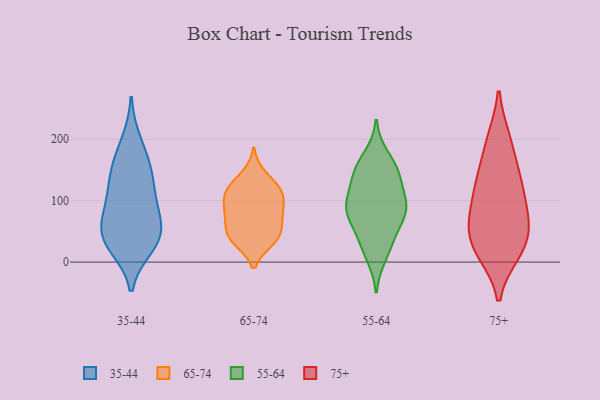
{"axis": {"x": "Churn Rate (%)", "y": "Value"}, "legend": ["35-44", "55-64", "65-74", "75+"], "data": [{"x": "", "y": 136, "type": "35-44"}, {"x": "", "y": 29, "type": "35-44"}, {"x": "", "y": 107, "type": "35-44"}, {"x": "", "y": 52, "type": "35-44"}, {"x": "", "y": 57, "type": "35-44"}, {"x": "", "y": 34, "type": "35-44"}, {"x": "", "y": 109, "type": "35-44"}, {"x": "", "y": 159, "type": "35-44"}, {"x": "", "y": 158, "type": "35-44"}, {"x": "", "y": 197, "type": "35-44"}, {"x": "", "y": 83, "type": "35-44"}, {"x": "", "y": 55, "type": "35-44"}, {"x": "", "y": 25, "type": "35-44"}, {"x": "", "y": 82, "type": "65-74"}, {"x": "", "y": 119, "type": "65-74"}, {"x": "", "y": 110, "type": "65-74"}, {"x": "", "y": 68, "type": "65-74"}, {"x": "", "y": 37, "type": "65-74"}, {"x": "", "y": 117, "type": "65-74"}, {"x": "", "y": 111, "type": "65-74"}, {"x": "", "y": 44, "type": "65-74"}, {"x": "", "y": 141, "type": "65-74"}, {"x": "", "y": 88, "type": "65-74"}, {"x": "", "y": 42, "type": "65-74"}, {"x": "", "y": 36, "type": "65-74"}, {"x": "", "y": 75, "type": "65-74"}, {"x": "", "y": 93, "type": "55-64"}, {"x": "", "y": 68, "type": "55-64"}, {"x": "", "y": 81, "type": "55-64"}, {"x": "", "y": 10, "type": "55-64"}, {"x": "", "y": 146, "type": "55-64"}, {"x": "", "y": 172, "type": "55-64"}, {"x": "", "y": 148, "type": "55-64"}, {"x": "", "y": 32, "type": "55-64"}, {"x": "", "y": 79, "type": "55-64"}, {"x": "", "y": 99, "type": "55-64"}, {"x": "", "y": 31, "type": "55-64"}, {"x": "", "y": 101, "type": "55-64"}, {"x": "", "y": 134, "type": "55-64"}, {"x": "", "y": 148, "type": "55-64"}, {"x": "", "y": 82, "type": "55-64"}, {"x": "", "y": 51, "type": "75+"}, {"x": "", "y": 138, "type": "75+"}, {"x": "", "y": 19, "type": "75+"}, {"x": "", "y": 39, "type": "75+"}, {"x": "", "y": 18, "type": "75+"}, {"x": "", "y": 79, "type": "75+"}, {"x": "", "y": 70, "type": "75+"}, {"x": "", "y": 72, "type": "75+"}, {"x": "", "y": 126, "type": "75+"}, {"x": "", "y": 198, "type": "75+"}, {"x": "", "y": 111, "type": "75+"}, {"x": "", "y": 199, "type": "75+"}, {"x": "", "y": 144, "type": "75+"}, {"x": "", "y": 16, "type": "75+"}]}